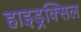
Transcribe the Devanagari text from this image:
हाइड्रक्सिल